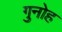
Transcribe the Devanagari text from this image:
गुनोह